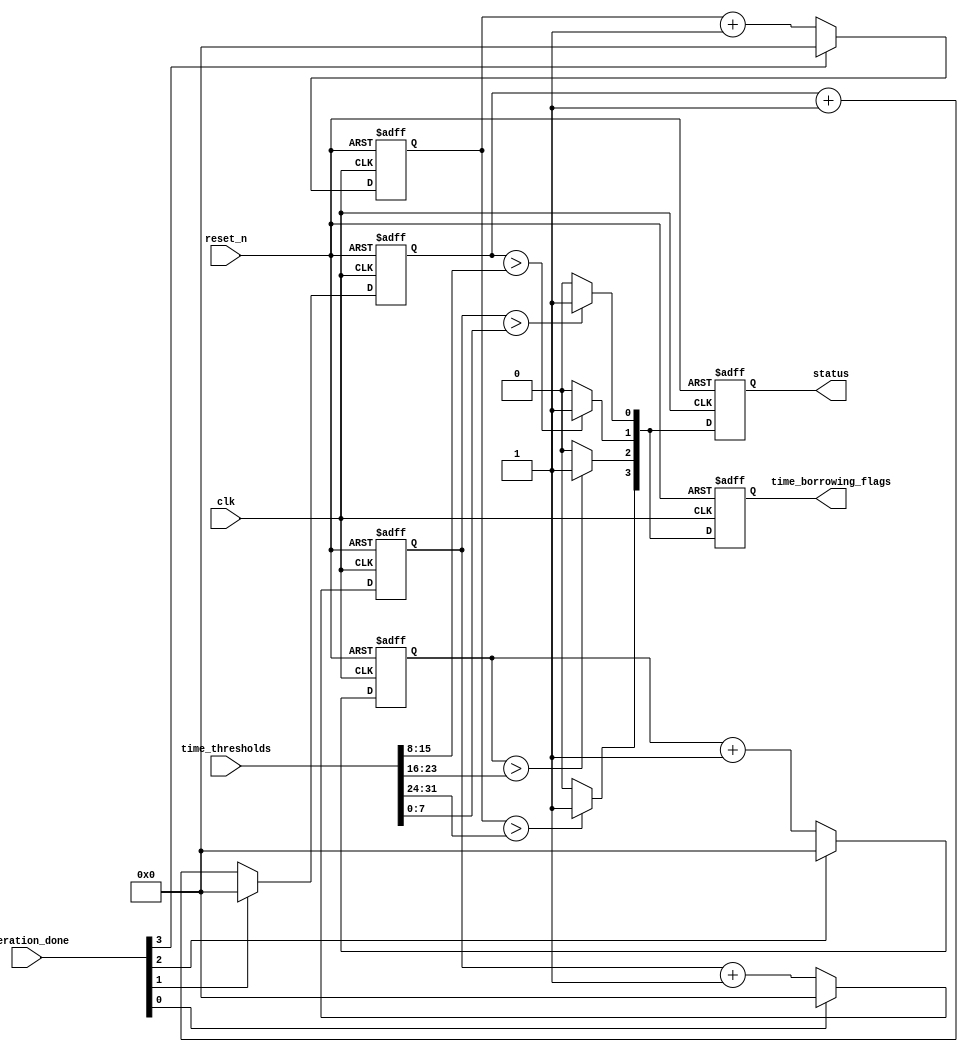
module memory_time_borrowing_detector #(
    parameter NUM_MEMORY_BLOCKS = 4, // Number of memory blocks
    parameter TIME_THRESHOLD_WIDTH = 8 // Width of time threshold registers
)(
    input wire clk,                        // Clock signal
    input wire reset_n,                    // Active low reset
    input wire [NUM_MEMORY_BLOCKS-1:0] operation_done, // Signal indicating operation completion for each block
    input wire [NUM_MEMORY_BLOCKS*TIME_THRESHOLD_WIDTH-1:0] time_thresholds, // Time thresholds for each block
    output reg [NUM_MEMORY_BLOCKS-1:0] time_borrowing_flags, // Flags for time borrowing detection
    output reg [NUM_MEMORY_BLOCKS-1:0] status // Status of each memory block
);

// Internal signals
reg [TIME_THRESHOLD_WIDTH-1:0] time_counters [0:NUM_MEMORY_BLOCKS-1]; // Time counters for each block

// Initialization
integer i;
always @(posedge clk or negedge reset_n) begin
    if (!reset_n) begin
        // Reset all counters and flags
        for (i = 0; i < NUM_MEMORY_BLOCKS; i = i + 1) begin
            time_counters[i] <= 0;
            time_borrowing_flags[i] <= 0;
            status[i] <= 0;
        end
    end else begin
        // Increment counters for active memory blocks
        for (i = 0; i < NUM_MEMORY_BLOCKS; i = i + 1) begin
            if (!operation_done[i]) begin
                time_counters[i] <= time_counters[i] + 1;
            end else begin
                // Reset counter upon operation completion
                time_counters[i] <= 0;
            end
            
            // Compare time counter with threshold and set flag if needed
            if (time_counters[i] > time_thresholds[i*TIME_THRESHOLD_WIDTH +: TIME_THRESHOLD_WIDTH]) begin
                time_borrowing_flags[i] <= 1;
                status[i] <= 1; // Indicate time borrowing detected
            end else begin
                time_borrowing_flags[i] <= 0;
                status[i] <= 0; // Normal operation
            end
        end
    end
end

endmodule